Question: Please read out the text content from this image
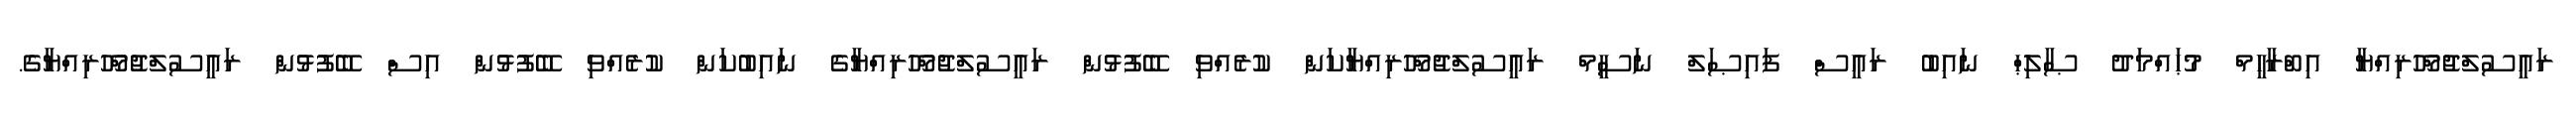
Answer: ރައީސުލްޖުމްހޫރިއްޔާ އިބްރާހީމް މުޙައްމަދު ޞާލިޙް ނައިބު ރައީސް ފައިޞަލް ނަސީމް ރައީސުލްޖުމްހޫރިއްޔާކަން ކުރެއްވި ބޭފުޅުން ރައީސުލްޖުމްހޫރިއްޔާގެ ނައިބުކަން ކުރެއްވި ބޭފުޅުން އިސް ބޭފުޅުން ރައީސުލްޖުމްހޫރިއްޔާގެ.